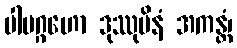
ပါပဂ္ဂဟော ဒုဿုပိနံ အကန္တံ၊